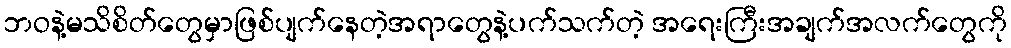
ဘဝနဲ့မသိစိတ်တွေမှာဖြစ်ပျက်နေတဲ့အရာတွေနဲ့ပက်သက်တဲ့ အရေးကြီးအချက်အလက်တွေကို